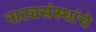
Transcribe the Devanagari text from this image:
नाट्यसंस्थांचे